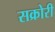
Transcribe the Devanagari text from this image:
सक्रोरी